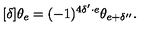
[ \delta ] \theta _ { e } = ( - 1 ) ^ { 4 \delta ^ { \prime } \cdot e } \theta _ { e + \delta ^ { \prime \prime } } .